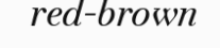
red-brown